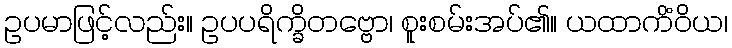
ဥပမာဖြင့်လည်း။ ဥပပရိက္ခိတဗ္ဗော၊ စူးစမ်းအပ်၏။ ယထာကိံဝိယ၊